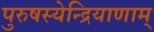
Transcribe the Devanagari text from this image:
पुरुषस्येन्द्रियाणाम्